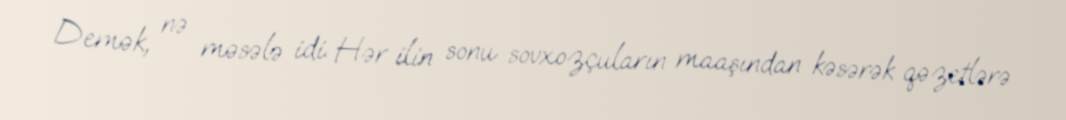
Demək, nə məsələ idi. Hər ilin sonu sovxozçuların maaşından kəsərək qəzetlərə